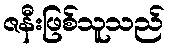
ဇနီးဖြစ်သူသည်